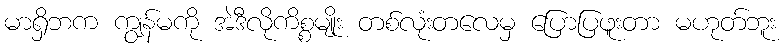
မာရှိဘက ကျွန်မကို အဲဒီလိုကိစ္စမျိုး တစ်လုံးတလေမှ ပြောပြဖူးတာ မဟုတ်ဘူး